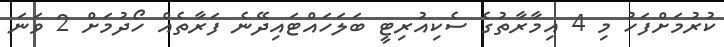
ކުރުމަށްފަހު މި 4 އިމާރާތުގެ ސެކިއުރިޓީ ބަލަހައްޓައިދޭނެ ފަރާތެއް ހޯދުމަށް 2 ވަނަ